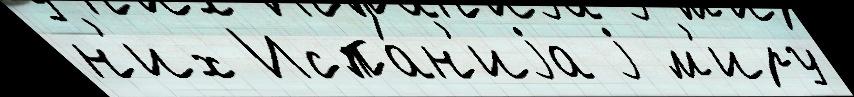
н'их Испа́н'иjа j м'иру